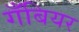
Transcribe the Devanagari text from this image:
गँबियर